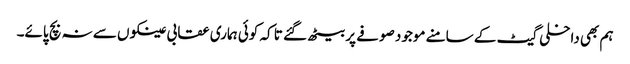
ہم بھی داخلی گیٹ کے سامنے موجود صوفے پر بیٹھ گئے تا کہ کوئی ہماری عقابی عینکوں سے نہ بچ پائے۔